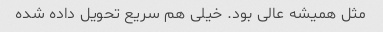
مثل همیشه عالی بود. خیلی هم سریع تحویل داده شده